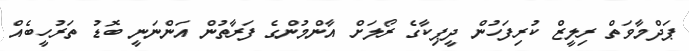
ޕަދްމާވަތް ރިލީޒް ކުރިފަހުން ދީޕިކާގެ ރޯލަށް އާންމުންގެ ފަރާތުން އަންނަނީ ބޮޑު ތަރުހީބެއް